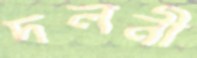
দলনী